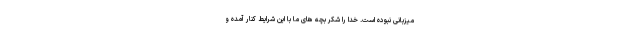
میزبانی نبوده است. خدا را شکر بچه های ما با این شرایط کنار آمده و